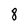
Character: 8